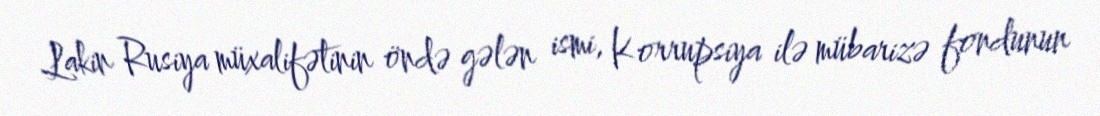
Lakin Rusiya müxalifətinin öndə gələn ismi, Korrupsiya ilə mübarizə fondunun